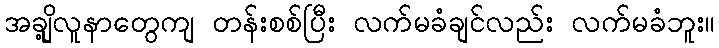
အချို့လူနာတွေကျ တန်းစစ်ပြီး လက်မခံချင်လည်း လက်မခံဘူး။